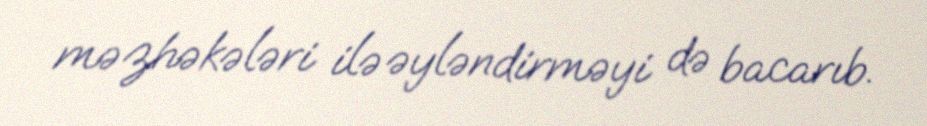
məzhəkələri ilə əyləndirməyi də bacarıb.